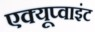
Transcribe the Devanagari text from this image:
एक्यूप्वाइंट